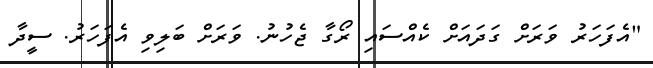
"އެފަހަރު ވަރަށް ގަދައަށް ކެއްސައި ރޯގާ ޖެހުނު. ވަރަށް ބަލިވި އެފަހަރު. ސީދާ